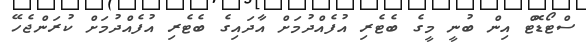
ސްޓޯޑޮޓް އިން ބުނީ މީގެ ބެޓެރި އުފެއްދުމަށް އާދައިގެ ބެޓެރި އުފެއްދުމަށް ކުރަންޖެހޭ